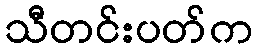
သီတင်းပတ်က